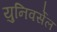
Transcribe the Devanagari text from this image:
युनिवर्सेल